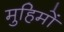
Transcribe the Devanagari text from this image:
मुहिमों